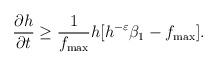
\begin{align*}\frac{\partial h}{\partial t}\geq \frac{1}{f_{\max}}h[h^{-\varepsilon}\beta_{1}-f_{\max}].\end{align*}